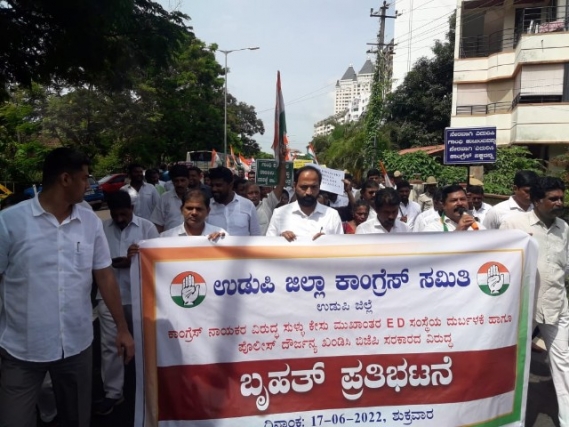
Language: kannada
Transcription: ಕಾಂಗ್ರೆಸಾ ಉಡುಪಿ ಸಮಿತಿ ಜಿಲ್ಲೆ ಉಡುಪಿ ಜಿಲ್ಲಾ